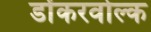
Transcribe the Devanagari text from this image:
डोंकरवोल्क